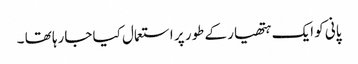
پانی کو ایک ہتھیار کے طور پر استعمال کیا جارہا تھا ۔